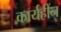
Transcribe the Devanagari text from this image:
कार्यहीन